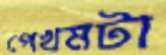
পেখমটা